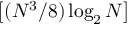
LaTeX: \left[ ( N ^ { 3 } / 8 ) \log _ { 2 } N \right]